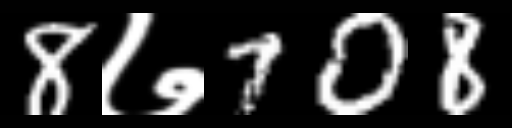
Text: 8७708